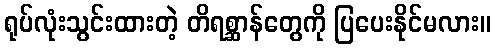
ရုပ်လုံးသွင်းထားတဲ့ တိရစ္ဆာန်တွေကို ပြပေးနိုင်မလား။